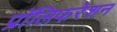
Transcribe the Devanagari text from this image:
प्रॉलिफरेशन